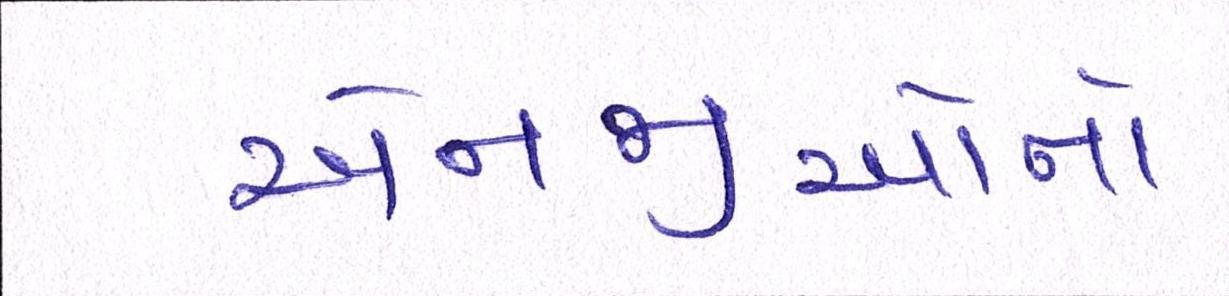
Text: એનજીઓનો